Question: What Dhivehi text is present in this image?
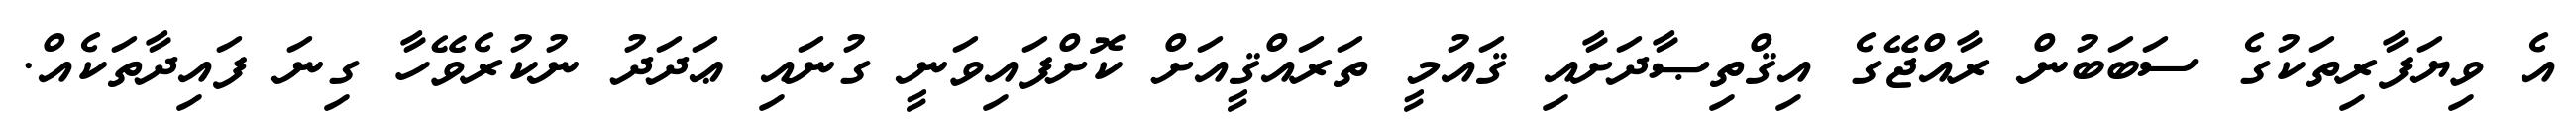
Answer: އެ ވިޔަފާރިތަކުގެ ސަބަބުން ރާއްޖޭގެ އިޤްތިޞާދަށާއި ޤައުމީ ތަރައްޤީއަށް ކޮށްފައިވަނީ ގުނައި ޢަދަދު ނުކުރެވޭހާ ގިނަ ފައިދާތަކެއް.